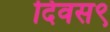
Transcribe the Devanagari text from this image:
दिवस९